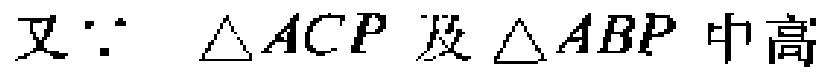
又\(\because\) \(\triangle ACP\) 及 \(\triangle ABP\) 中高